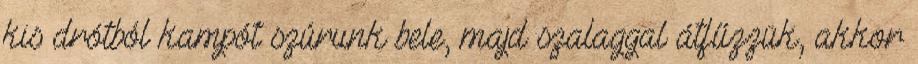
kis drótból kampót szúrunk bele, majd szalaggal átfűzzük, akkor